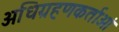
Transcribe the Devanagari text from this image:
अधिग्रहणकर्ताओं